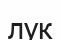
лук